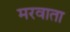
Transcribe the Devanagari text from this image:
मरवाता